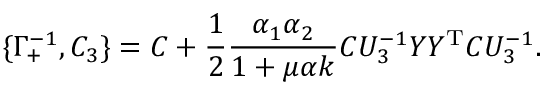
\{ \Gamma _ { + } ^ { - 1 } , C _ { 3 } \} = C + \frac { 1 } { 2 } \frac { \alpha _ { 1 } \alpha _ { 2 } } { 1 + \mu \alpha k } C U _ { 3 } ^ { - 1 } Y Y ^ { \mathrm { T } } C U _ { 3 } ^ { - 1 } .